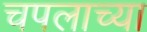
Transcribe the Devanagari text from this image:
चपलाच्या